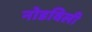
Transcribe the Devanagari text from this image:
नोडविली